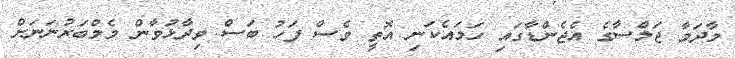
މާދަމާ ޖަލްސާގެ އެޖެންޑާގައި ހަމައެކަނި އޮތީ ވެސް ފަހު ބަސް ވިދާޅުވާން މެމްބަރުނަނަށް